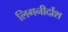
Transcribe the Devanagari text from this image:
लिगनीर्दोश